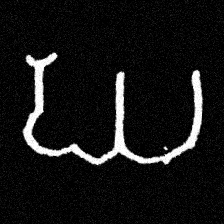
Pyu character \u2014 Myanmar letter: ဃ (romanized: gha)